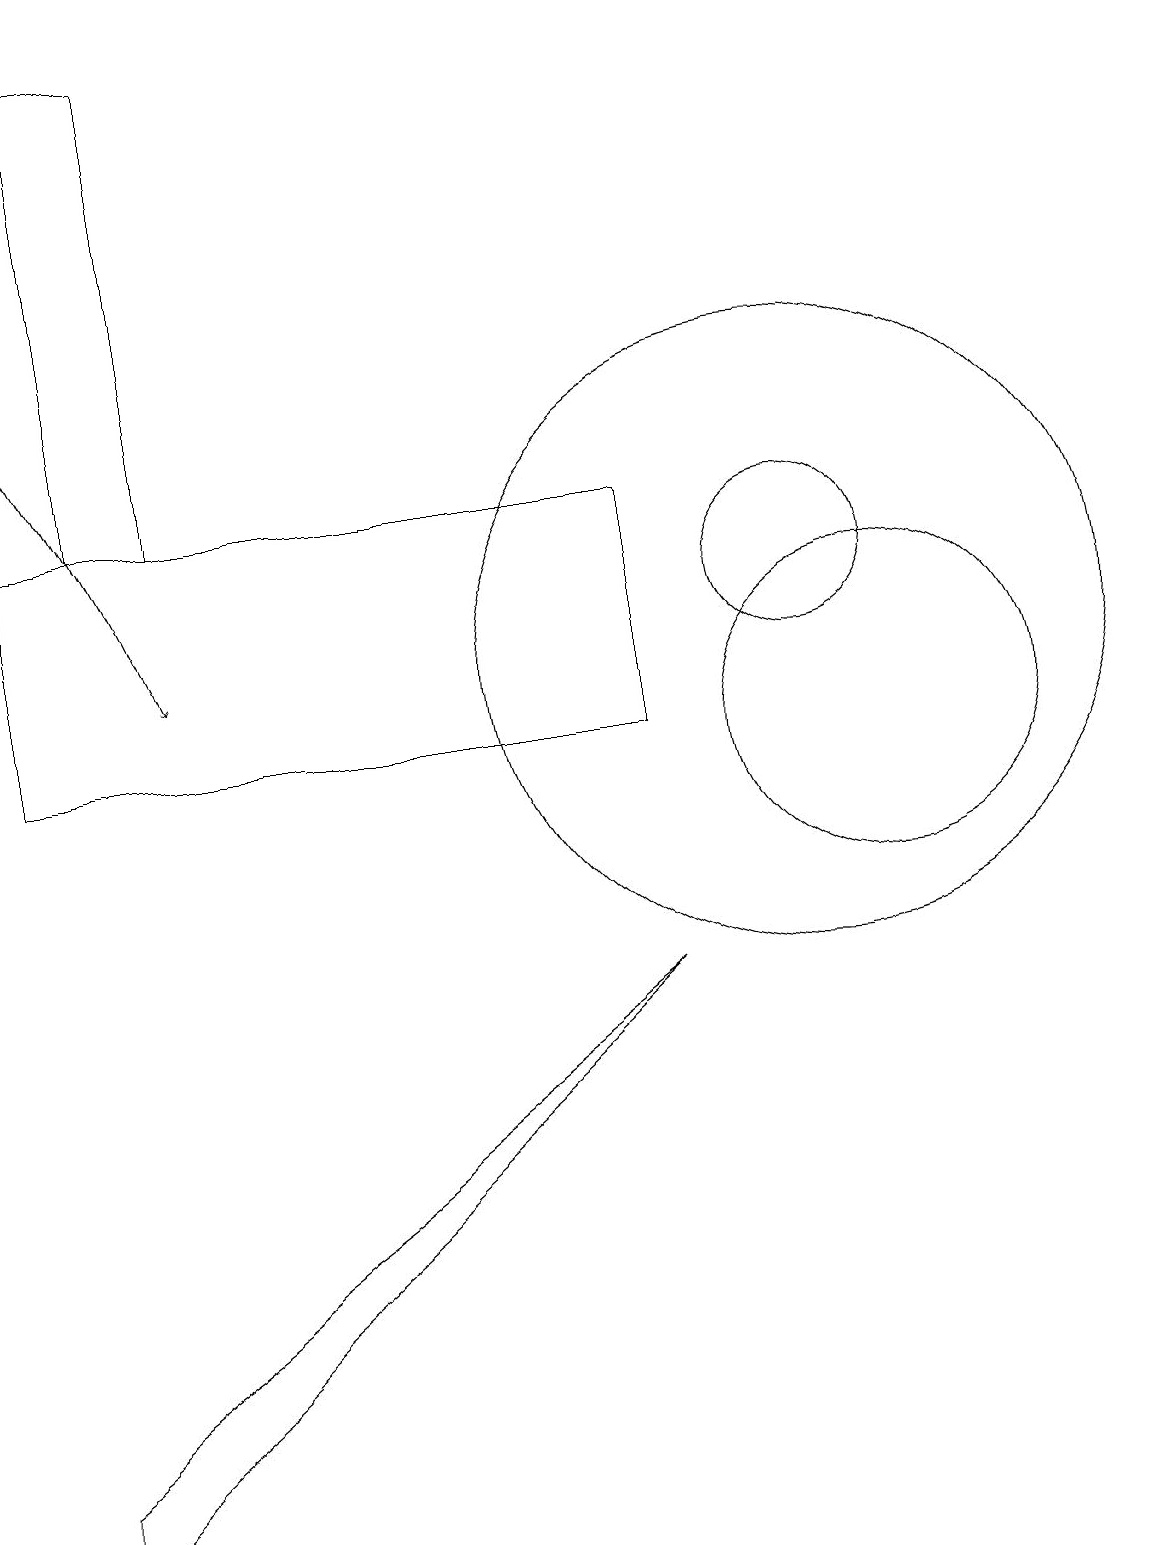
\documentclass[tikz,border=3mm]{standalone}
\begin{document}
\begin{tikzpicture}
\draw (1,13) rectangle (2,19);
\draw (0,1) -- (0,0) -- (8,7) -- cycle;
\draw[->] (0,15) -- (2,11);
\draw (11,10) circle (2);
\draw (10,11) circle (4);
\draw (0,13) rectangle (8,10);
\draw (10,12) circle (1);
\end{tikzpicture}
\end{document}